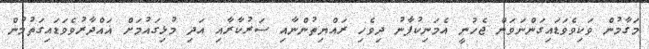
މަގާމުން ވަކިވެވަޑައިގަންނަވަން ޖެހުނީ އެމަނިކުފާނު ދިވެހި ރައްޔިތުންނާއި ސަރުކާރާއި އަދި މުޅިގައުމަށް ޣައްދާރުވެވަޑައިގަތުމުން